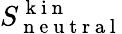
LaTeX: S_{\mathrm{~n~e~u~t~r~a~l~}}^{\mathrm{~k~i~n~}}